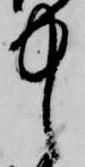
中